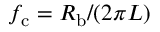
f _ { \mathrm { c } } = R _ { \mathrm { b } } / ( 2 \pi L )